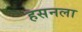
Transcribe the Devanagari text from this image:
हसनला